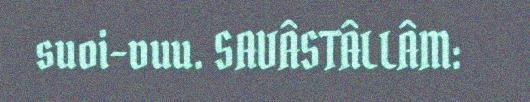
suoi-vuu. SAVÂSTÂLLÂM: